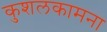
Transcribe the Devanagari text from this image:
कुशलकामना